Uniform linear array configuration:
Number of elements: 48
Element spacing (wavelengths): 0.5
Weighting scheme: binomial
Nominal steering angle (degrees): -45
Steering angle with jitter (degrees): -46.239
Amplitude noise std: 0.05
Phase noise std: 0.05

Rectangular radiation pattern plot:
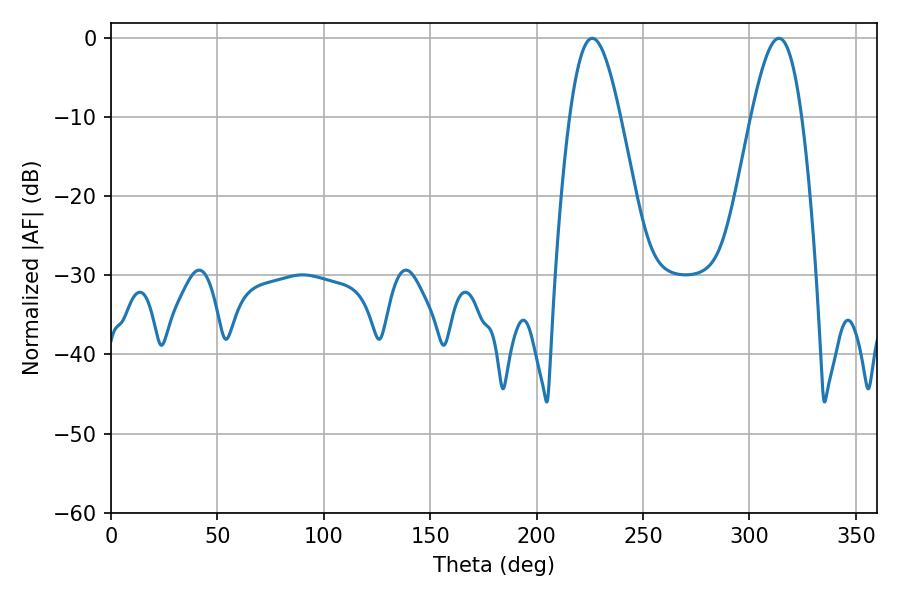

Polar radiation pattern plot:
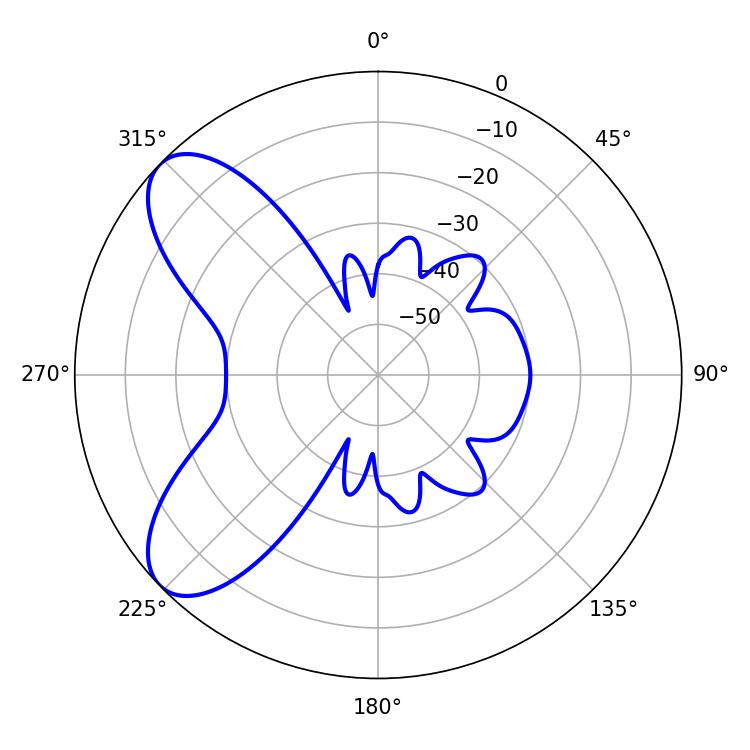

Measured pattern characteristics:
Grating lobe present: FALSE
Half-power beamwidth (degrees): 12.78
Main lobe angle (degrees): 226.08